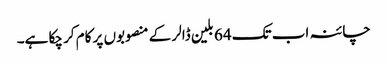
چائنہ اب تک 64 بلین ڈالر کے منصوبوں پر کام کر چکا ہے۔